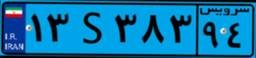
۱۳S۳۸۳۹۴